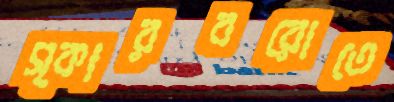
স্কারবরোতে